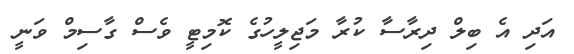
އަދި އެ ބިލް ދިރާސާ ކުރާ މަޖިލީހުގެ ކޮމިޓީ ވެސް ގާސިމް ވަނީ